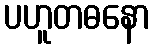
ပဟူတဓနော